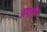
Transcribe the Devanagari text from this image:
उत्पत्ति